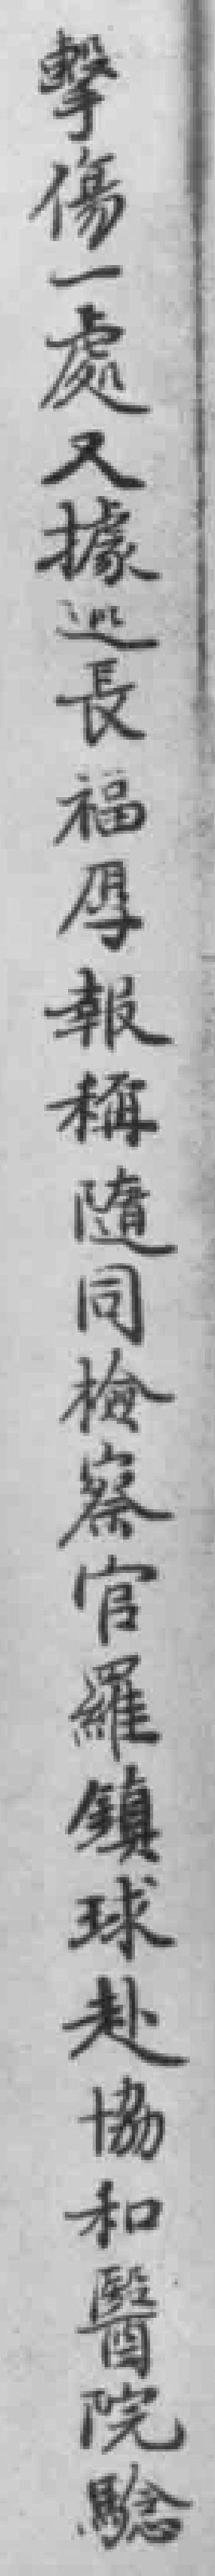
擊傷一處又據巡長福厚報稱隨同檢察官羅鎮球赴協和醫院騐